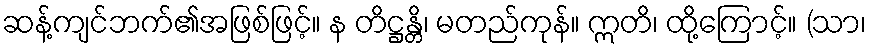
ဆန့်ကျင်ဘက်၏အဖြစ်ဖြင့်။ န တိဋ္ဌန္တိ၊ မတည်ကုန်။ ဣတိ၊ ထို့ကြောင့်။ (သာ၊